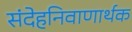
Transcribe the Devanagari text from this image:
संदेहनिवाणार्थक